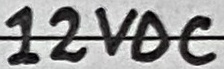
Text: 12VDC